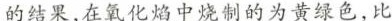
的结果，在氧化焰中烧制的为黄绿色，比